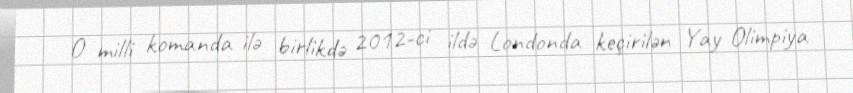
O milli komanda ilə birlikdə 2012-ci ildə Londonda keçirilən Yay Olimpiya